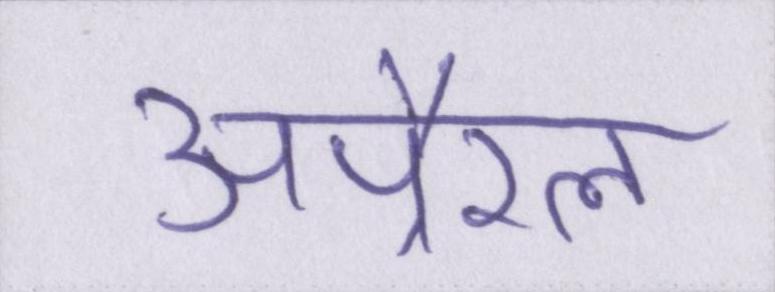
अपै्रल